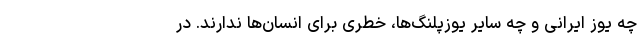
چه یوز ایرانی و چه سایر یوزپلنگ‌ها، خطری برای انسان‌ها ندارند. در